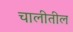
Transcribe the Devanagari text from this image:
चालीतील